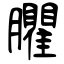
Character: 臞